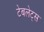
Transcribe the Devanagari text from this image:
टेबलेट्स